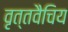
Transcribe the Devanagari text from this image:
वृत्तवैचिय